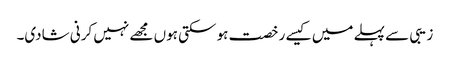
زیبی سے پہلے میں کیسے رخصت ہو سکتی ہوں مجھے نہیں کرنی شادی۔